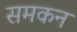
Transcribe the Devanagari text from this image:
समकन